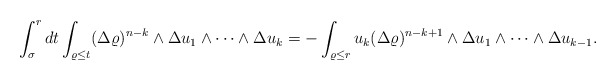
\begin{align*}\int_\sigma^rdt \int_{\varrho \leq t}(\Delta \varrho)^{n-k}\wedge \Delta u_1\wedge\dots\wedge \Delta u_k =- \int_{\varrho \leq r}u_k(\Delta \varrho)^{n-k+1}\wedge \Delta u_1\wedge\dots\wedge \Delta u_ { k-1 } .\end{align*}